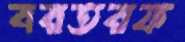
বরতরফ